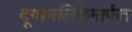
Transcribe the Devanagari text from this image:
दूग्धनलिकेमार्फत